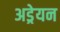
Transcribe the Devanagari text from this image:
अड्रेयन